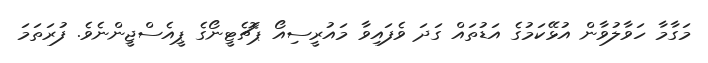
މަގާމާ ހަވާލުވާން އުޅޭކަމުގެ އަޑުތައް ގަދަ ވެފައިވާ މައުރީސިއޯ ޕޮޗެޓީނޯގެ ޕީއެސްޖީންނެވެ. ފުރަތަމަ